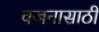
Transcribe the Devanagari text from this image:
वजनासाठी